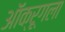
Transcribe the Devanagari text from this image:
ऑक्रूगला